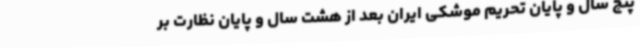
پنج سال و پایان تحریم موشکی ایران بعد از هشت سال و پایان نظارت بر